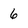
Character: 6